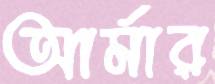
আর্মার